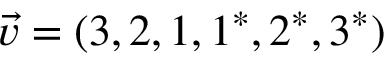
\vec { v } = ( 3 , 2 , 1 , 1 ^ { * } , 2 ^ { * } , 3 ^ { * } )